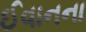
ઈવાનના